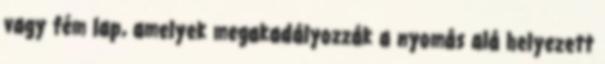
vagy fém lap, amelyek megakadályozzák a nyomás alá helyezett